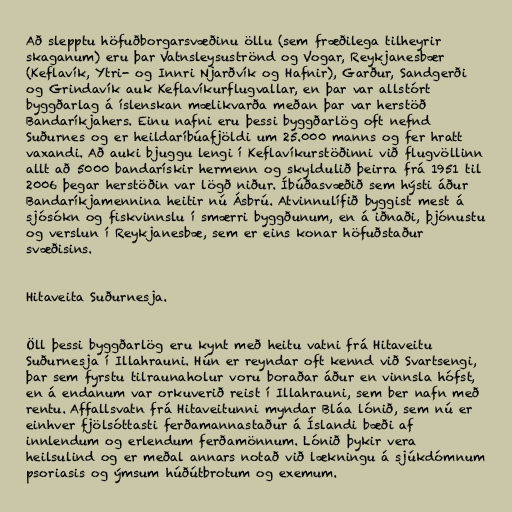
Að slepptu höfuðborgarsvæðinu öllu (sem fræðilega tilheyrir
skaganum) eru þar Vatnsleysuströnd og Vogar, Reykjanesbær
(Keflavík, Ytri- og Innri Njarðvík og Hafnir), Garður, Sandgerði
og Grindavík auk Keflavíkurflugvallar, en þar var allstórt
byggðarlag á íslenskan mælikvarða meðan þar var herstöð
Bandaríkjahers. Einu nafni eru þessi byggðarlög oft nefnd
Suðurnes og er heildaríbúafjöldi um 25.000 manns og fer hratt
vaxandi. Að auki bjuggu lengi í Keflavíkurstöðinni við flugvöllinn
allt að 5000 bandarískir hermenn og skyldulið þeirra frá 1951 til
2006 þegar herstöðin var lögð niður. Íbúðasvæðið sem hýsti áður
Bandaríkjamennina heitir nú Ásbrú. Atvinnulífið byggist mest á
sjósókn og fiskvinnslu í smærri byggðunum, en á iðnaði, þjónustu
og verslun í Reykjanesbæ, sem er eins konar höfuðstaður
svæðisins.

Hitaveita Suðurnesja.

Öll þessi byggðarlög eru kynt með heitu vatni frá Hitaveitu
Suðurnesja í Illahrauni. Hún er reyndar oft kennd við Svartsengi,
þar sem fyrstu tilraunaholur voru boraðar áður en vinnsla hófst,
en á endanum var orkuverið reist í Illahrauni, sem ber nafn með
rentu. Affallsvatn frá Hitaveitunni myndar Bláa lónið, sem nú er
einhver fjölsóttasti ferðamannastaður á Íslandi bæði af
innlendum og erlendum ferðamönnum. Lónið þykir vera
heilsulind og er meðal annars notað við lækningu á sjúkdómnum
psoriasis og ýmsum húðútbrotum og exemum.